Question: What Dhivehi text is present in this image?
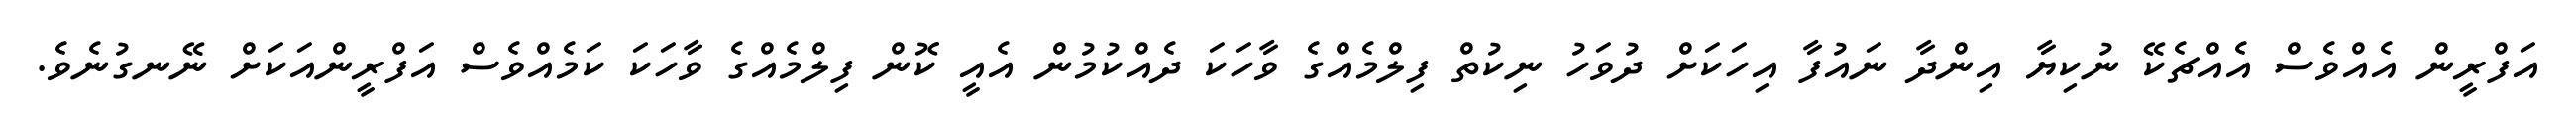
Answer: އަފްރީން އެއްވެސް އެއްޗެކޭ ނުކިޔާ އިންދާ ނައުފާ އިހަކަށް ދުވަހު ނިކުތް ފިލްމެއްގެ ވާހަކަ ދެއްކުމުން އެއީ ކޮން ފިލްމެއްގެ ވާހަކަ ކަމެއްވެސް އަފްރީންއަކަށް ނޭނގުނެވެ.